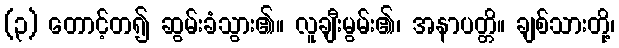
(၃) တောင့်တ၍ ဆွမ်းခံသွား၏။ လူချီးမွမ်း၏၊ အနာပတ္တိ။ ချစ်သားတို့၊